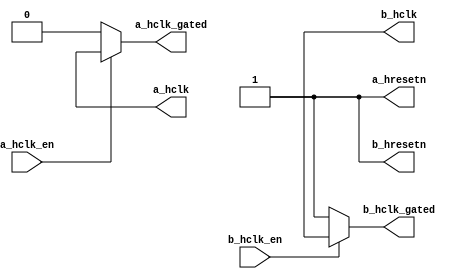
/*
 ------------------------------------------------------------------------
--
--                  (C) COPYRIGHT 2001-2011 SYNOPSYS, INC.
--                            ALL RIGHTS RESERVED
--
--  This software and the associated documentation are confidential and
--  proprietary to Synopsys, Inc.  Your use or disclosure of this
--  software is subject to the terms and conditions of a written
--  license agreement between you, or your company, and Synopsys, Inc.
--
--  The entire notice above must be reproduced on all authorized copies.
*/

module x2p_clock_gen(/*AUTOARG*/
   // Outputs
   a_hclk, a_hresetn, b_hclk, b_hresetn, a_hclk_gated, b_hclk_gated,
   // Inputs
   a_hclk_en, b_hclk_en
   );
  parameter a_clk_period = 100;
  parameter b_clk_period = 100;
   parameter dly_to_reset = 0;


  // derived parameters

   output   a_hclk;
   output   a_hresetn;
   output   b_hclk;
   output   b_hresetn;
   input    a_hclk_en;
   input    b_hclk_en;
   output   a_hclk_gated, b_hclk_gated;



   reg 	 a_clk, b_clk, a_hclk, b_hclk;
   reg 	 a_hresetn, b_hresetn;
   reg   a_hclk_gated, b_hclk_gated;

   // -------------
  // clocks
  // -------------


  always @(/*AS*/a_hclk)
    begin
      #a_clk_period a_clk = ~a_hclk;
    end

  always @(/*AS*/b_hclk)
    begin
      #b_clk_period b_clk = ~b_hclk;
    end

   always @(/*AS*/a_clk or a_hclk_en or b_clk or b_hclk_en)
     begin
   if (a_hclk_en == 1'b1)
          a_hclk_gated = a_clk;
        else
          a_hclk_gated = 1'b0;
   if (b_hclk_en == 1'b1)
     b_hclk_gated = b_clk;
   else
          b_hclk_gated = 1'b1;
     end // always @ (...


   always @(/*AS*/a_clk) a_hclk = a_clk;

   always @(/*AS*/b_clk) b_hclk = b_clk;


  // -------------
  // make wav
   // clocks
  // -------------
  initial a_hclk = 1;
  initial b_hclk = 1;

  // -------------
  // reset
  // -------------

  initial begin
    a_hresetn = 1;
    #(dly_to_reset * a_clk_period);
    #1 a_hresetn = 0;
    #(10*a_clk_period);
    #2 a_hresetn = 1;
  end
  initial begin
    b_hresetn = 1;
    #(dly_to_reset * b_clk_period);
    #1 b_hresetn = 0;
    #(10*b_clk_period);
    #2 b_hresetn = 1;
  end

endmodule // x2p_clock_gen